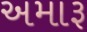
અમારૂ